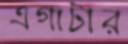
এগাটার